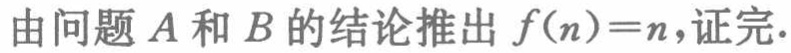
由问题 \(A\) 和 \(B\) 的结论推出 \(f(n)=n\)，证完.